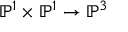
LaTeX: \mathbb { P } ^ { 1 } \times \mathbb { P } ^ { 1 } \to \mathbb { P } ^ { 3 }